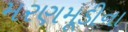
મરણમૂડીના